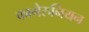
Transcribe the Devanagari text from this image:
कामेरुनियन